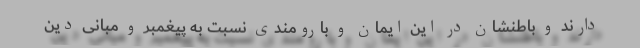
دارند و باطنشان در این ایمان و بارومندی نسبت به پیغمبر و مبانی دین